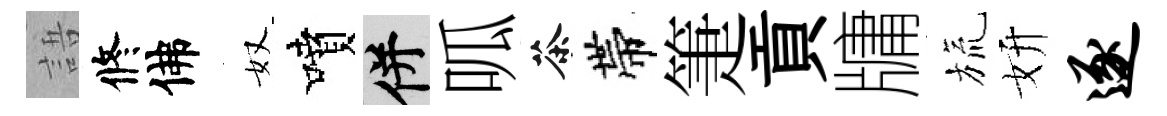
語修佛奴噴并呱茶帶箑貢牗旒妍逐